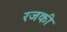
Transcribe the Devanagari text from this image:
रजकी